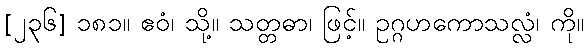
[၂၃၆] ၁၈၁။ ဧဝံ၊ သို့။ သတ္တဓာ၊ ဖြင့်။ ဥဂ္ဂဟကောသလ္လံ၊ ကို။